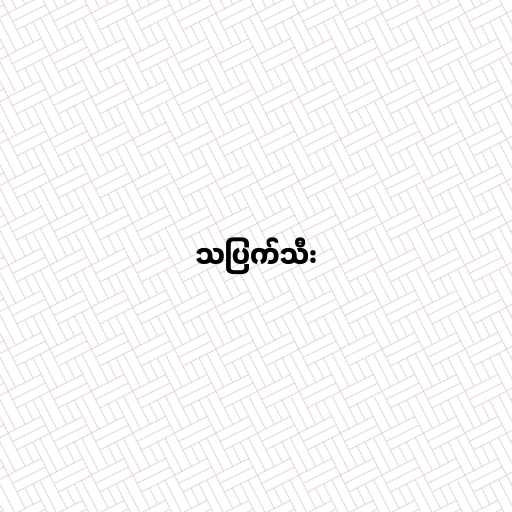
သပြက်သီး